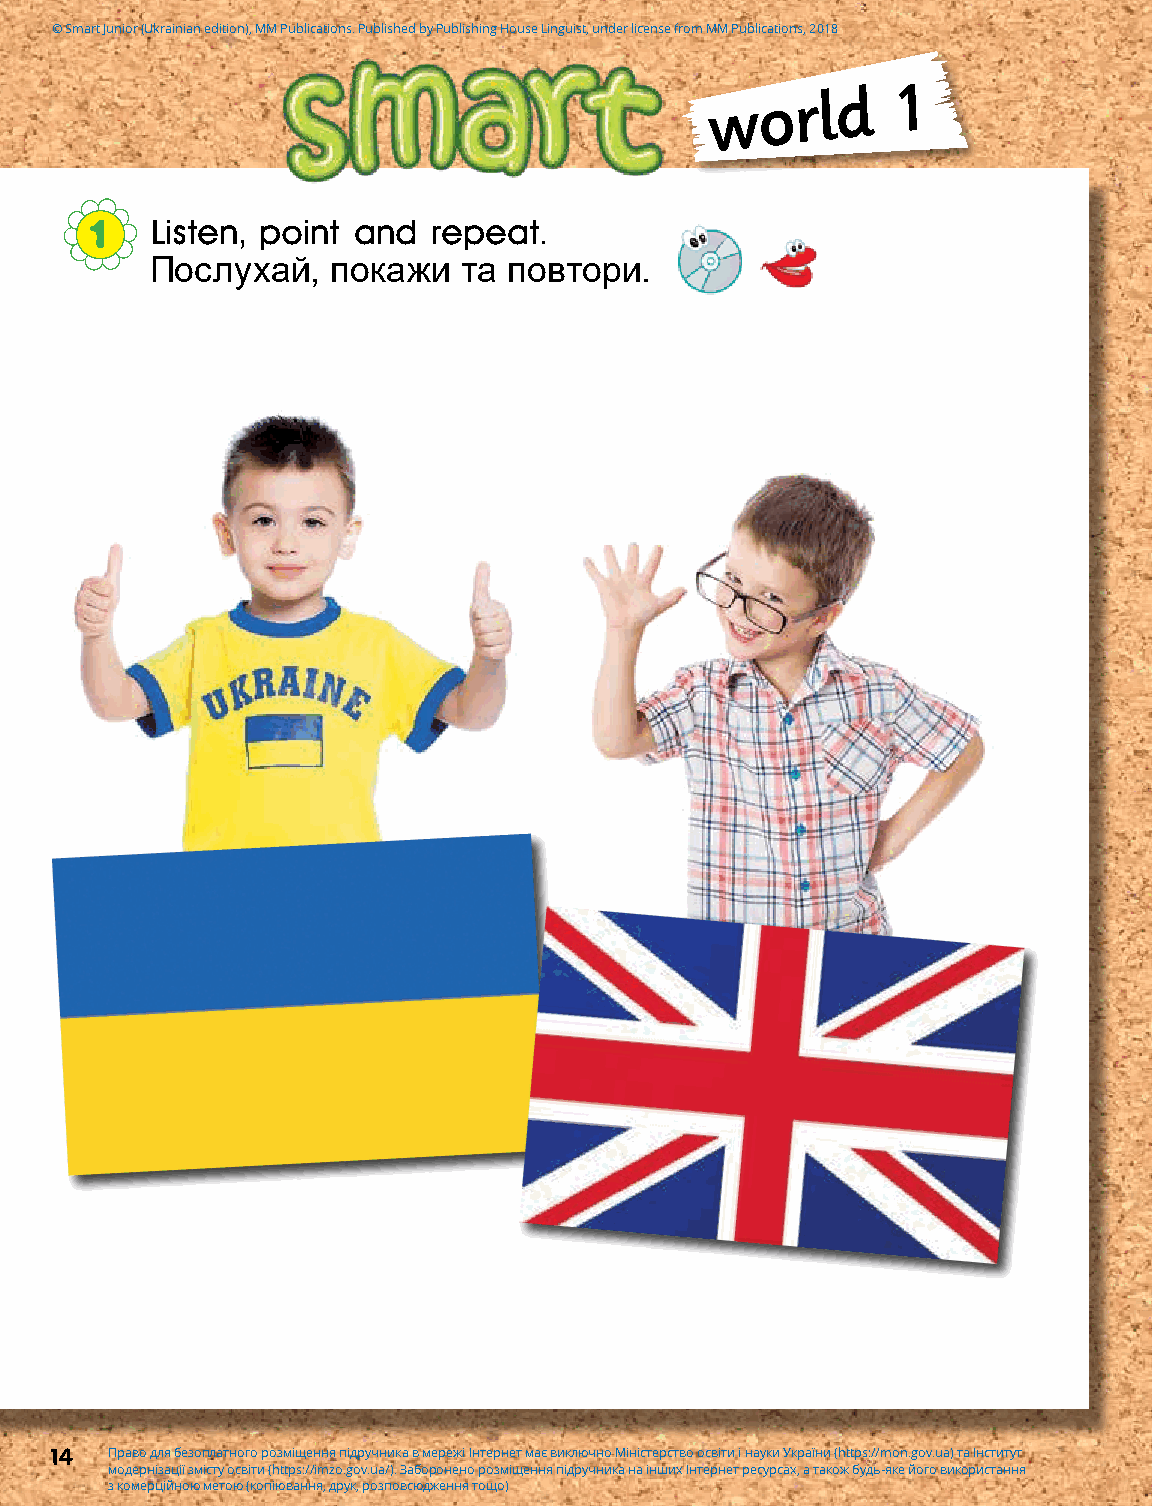
© Smart Junior (Ukrainian edition), MM Publications. Published by Publishing House Linguist, under license from MM Publications, 2018
 world       1
 1   Listen, point and  repeat.
 Послухай,   покажи   та повтори.
 14  Право для безоплатного розміщення підручника в мережі Інтернет має виключно Міністерство освіти і науки України (https://mon.gov.ua) та Інститут
 модернізації змісту освіти (https://imzo.gov.ua/). Заборонено розміщення підручника на інших Інтернет ресурсах, а також будь-яке його використання
 з комерційною метою (копіювання, друк, розповсюдження тощо)